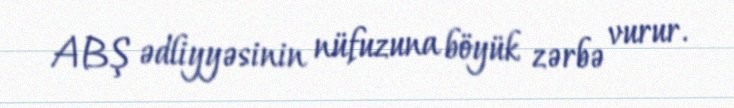
ABŞ ədliyyəsinin nüfuzuna böyük zərbə vurur.